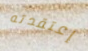
إعتقدته